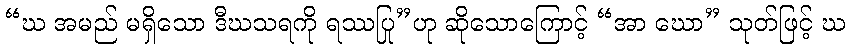
“ဃ အမည် မရှိသော ဒီဃသရကို ရဿပြု”ဟု ဆိုသောကြောင့် “အာ ဃော” သုတ်ဖြင့် ဃ